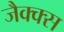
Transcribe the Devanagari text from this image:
जैक्क्स